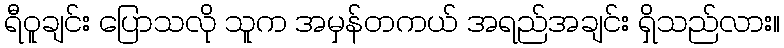
ရီဝူချင်း ပြောသလို သူက အမှန်တကယ် အရည်အချင်း ရှိသည်လား။